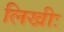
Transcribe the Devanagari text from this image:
लिखीः